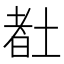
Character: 𡎉